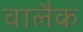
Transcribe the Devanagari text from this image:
वालैक